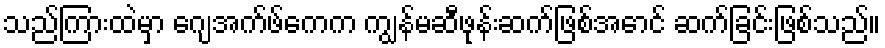
သည်ကြားထဲမှာ ဂျေအက်ဖ်ကေက ကျွန်မဆီဖုန်းဆက်ဖြစ်အောင် ဆက်ခြင်းဖြစ်သည်။